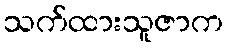
သက်ထားသူဇာက